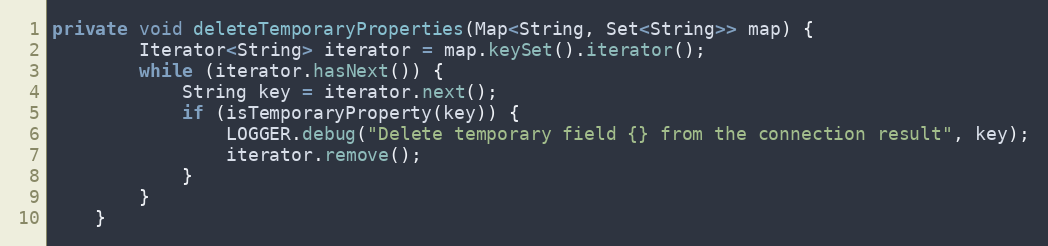
Language: Java
private void deleteTemporaryProperties(Map<String, Set<String>> map) {
        Iterator<String> iterator = map.keySet().iterator();
        while (iterator.hasNext()) {
            String key = iterator.next();
            if (isTemporaryProperty(key)) {
                LOGGER.debug("Delete temporary field {} from the connection result", key);
                iterator.remove();
            }
        }
    }